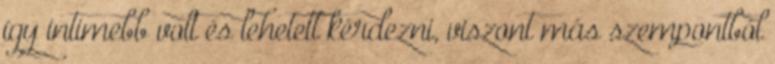
így intimebb volt és lehetett kérdezni, viszont más szempontból